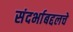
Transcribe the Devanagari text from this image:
संदर्भाबद्दलचे